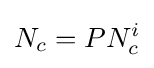
N_{c}=PN_{c}^{i}